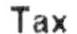
TAX